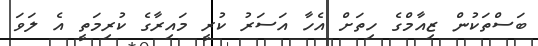
ބަސްތަކުން ޒިއާމްގެ ހިތަށް އެހާ އަސަރު ކުރީ މައިރާގެ ކުރިމަތީ އެ ލަވަ